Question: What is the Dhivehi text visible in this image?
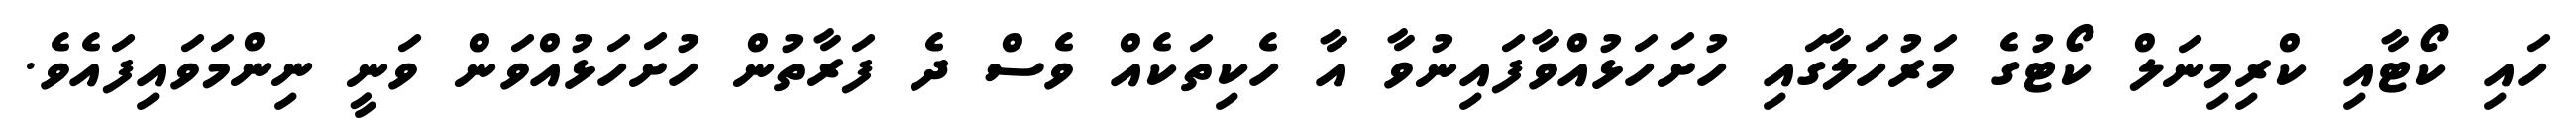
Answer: ހައި ކޯޓާއި ކްރިމިނަލް ކޯޓުގެ މަރުހަލާގައި ހުށަހަޅުއްވާފައިނުވާ އާ ހެކިތަކެއް ވެސް ދެ ފަރާތުން ހުށަހަޅުއްވަން ވަނީ ނިންމަވައިފައެވެ.